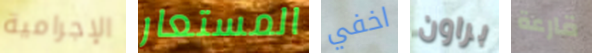
الإجرامية المستعار اخفي براون قارعة